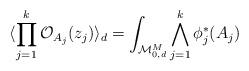
LaTeX: \begin{align*}\langle \prod_{j=1}^{k}{\cal O}_{A_{j}}(z_{j})\rangle_{d}=\int_{ {\cal M}_{0,d}^{M}}\bigwedge_{j=1}^{k}\phi_{j}^{*}(A_{j})\end{align*}